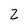
Character: 2